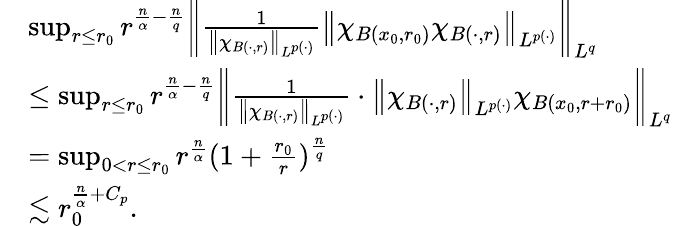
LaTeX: \begin{array}{rl}&{\operatorname*{sup}_{r\le r_{0}}r^{\frac{n}{\alpha}-\frac{n}{q}}\left\| \frac{1}{\left\| \chi_{B(\cdot,r)}\right\| _{L^{p(\cdot)}}}\left\| \chi_{B(x_{0},r_{0})}\chi_{B(\cdot,r)}\right\| _{L^{p(\cdot)}}\right\| _{L^{q}}}\\ &{\le\operatorname*{sup}_{r\le r_{0}}r^{\frac{n}{\alpha}-\frac{n}{q}}\left\| \frac{1}{\left\| \chi_{B(\cdot,r)}\right\| _{L^{p(\cdot)}}}\cdot\left\| \chi_{B(\cdot,r)}\right\| _{L^{p(\cdot)}}\chi_{B(x_{0},r+r_{0})}\right\| _{L^{q}}}\\ &{=\operatorname*{sup}_{0<r\le r_{0}}r^{\frac{n}{\alpha}}(1+\frac{r_{0}}{r})^{\frac{n}{q}}}\\ &{\lesssim r_{0}^{\frac{n}{\alpha}+C_{p}}.}\end{array}